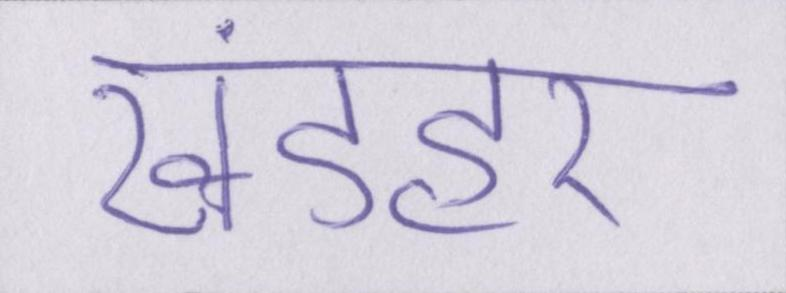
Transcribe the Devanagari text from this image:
खंडहर